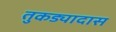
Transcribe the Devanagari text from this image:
तुकड्यादास